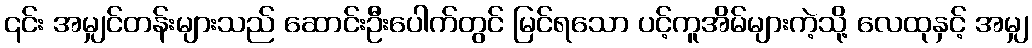
၎င်း အမျှင်တန်းများသည် ဆောင်းဦးပေါက်တွင် မြင်ရသော ပင့်ကူအိမ်များကဲ့သို့ လေထုနှင့် အမျှ